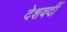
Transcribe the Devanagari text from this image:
देशवर्दी